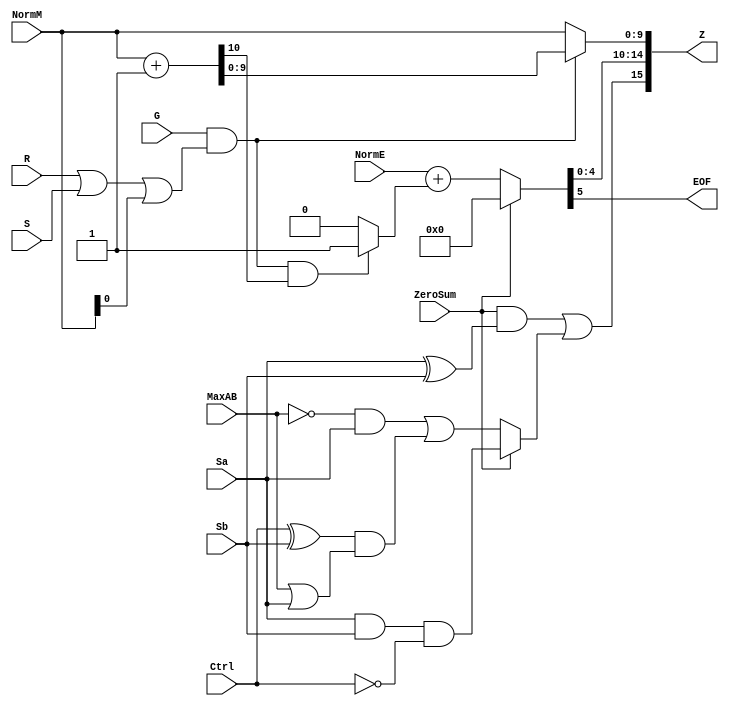
`define BFLOAT16 
`define VCS
`define EXPONENT 8
`define MANTISSA 7
`define EXPONENT 5
`define MANTISSA 10
`define SIGN 1
`define DWIDTH (`SIGN+`EXPONENT+`MANTISSA)
`define AWIDTH 10
`define MEM_SIZE 1024
`define DESIGN_SIZE 12
`define CU_SIZE 4
`define MASK_WIDTH 4
`define MEM_ACCESS_LATENCY 1
`define REG_DATAWIDTH 32
`define REG_ADDRWIDTH 8
`define ITERATIONS_WIDTH 32
`define REG_STDN_ADDR 32'h4
`define REG_MATRIX_A_ADDR 32'he
`define REG_MATRIX_B_ADDR 32'h12
`define REG_MATRIX_C_ADDR 32'h16
`define REG_VALID_MASK_A_ADDR 32'h20
`define REG_VALID_MASK_B_ADDR 32'h5c
`define REG_ITERATIONS_ADDR 32'h40
`define PE_PIPELINE_DEPTH 5
`define IDLE     2'b00
`define W_ENABLE  2'b01
`define R_ENABLE  2'b10

module FPAddSub_RoundModule(
		ZeroSum,
		NormE,
		NormM,
		R,
		S,
		G,
		Sa,
		Sb,
		Ctrl,
		MaxAB,
		Z,
		EOF
    );

	// Input ports
	input ZeroSum ;					// Sum is zero
	input [`EXPONENT:0] NormE ;				// Normalized exponent
	input [`MANTISSA-1:0] NormM ;				// Normalized mantissa
	input R ;							// Round bit
	input S ;							// Sticky bit
	input G ;
	input Sa ;							// A's sign bit
	input Sb ;							// B's sign bit
	input Ctrl ;						// Control bit (operation)
	input MaxAB ;
	
	// Output ports
	output [`DWIDTH-1:0] Z ;					// Final result
	output EOF ;
	
	// Internal signals
	wire [`MANTISSA:0] RoundUpM ;			// Rounded up sum with room for overflow
	wire [`MANTISSA-1:0] RoundM ;				// The final rounded sum
	wire [`EXPONENT:0] RoundE ;				// Rounded exponent (note extra bit due to poential overflow	)
	wire RoundUp ;						// Flag indicating that the sum should be rounded up
        wire FSgn;
	wire ExpAdd ;						// May have to add 1 to compensate for overflow 
	wire RoundOF ;						// Rounding overflow
	
	wire [`EXPONENT:0]temp_2;
	assign temp_2 = 0;
	// The cases where we need to round upwards (= adding one) in Round to nearest, tie to even
	assign RoundUp = (G & ((R | S) | NormM[0])) ;
	
	// Note that in the other cases (rounding down), the sum is already 'rounded'
	assign RoundUpM = (NormM + 1) ;								// The sum, rounded up by 1
	assign RoundM = (RoundUp ? RoundUpM[`MANTISSA-1:0] : NormM) ; 	// Compute final mantissa	
	assign RoundOF = RoundUp & RoundUpM[`MANTISSA] ; 				// Check for overflow when rounding up

	// Calculate post-rounding exponent
	assign ExpAdd = (RoundOF ? 1'b1 : 1'b0) ; 				// Add 1 to exponent to compensate for overflow
	assign RoundE = ZeroSum ? temp_2 : (NormE + ExpAdd) ; 							// Final exponent

	// If zero, need to determine sign according to rounding
	assign FSgn = (ZeroSum & (Sa ^ Sb)) | (ZeroSum ? (Sa & Sb & ~Ctrl) : ((~MaxAB & Sa) | ((Ctrl ^ Sb) & (MaxAB | Sa)))) ;

	// Assign final result
	assign Z = {FSgn, RoundE[`EXPONENT-1:0], RoundM[`MANTISSA-1:0]} ;
	
	// Indicate exponent overflow
	assign EOF = RoundE[`EXPONENT];
	
endmodule